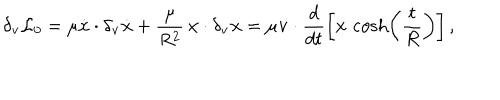
LaTeX: \delta _ { \bf v } { \cal L } _ { 0 } = \mu \dot { \bf x } \cdot \delta _ { \bf v } \dot { \bf x } + \frac { \mu } { R ^ { 2 } } \, { \bf x } \cdot \delta _ { \bf v } { \bf x } = \mu { \bf v } \cdot \frac { d } { d t } \left[ { \bf x } \, \cosh \left( \frac { t } { R } \right) \right] ,